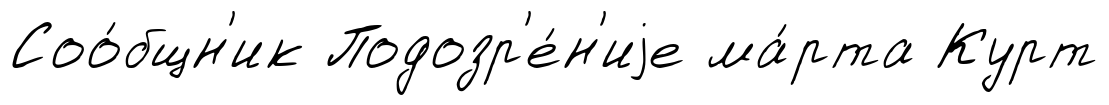
Соо́бщн'ик Подозр'е́н'иjе ма́рта Курт